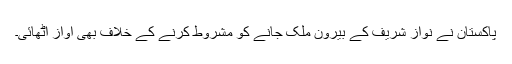
پاکستان نے نواز شریف کے بیرون ملک جانے کو مشروط کرنے کے خلاف بھی آواز اٹھائی۔